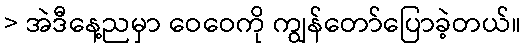
> အဲဒီနေ့ညမှာ ဝေဝေကို ကျွန်တော်ပြောခဲ့တယ်။